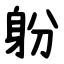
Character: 躮